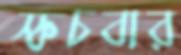
স্কচবার